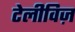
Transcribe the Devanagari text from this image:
टेलीविज़